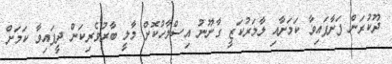
ދޫކުރަން ފަށާފައިވާ ކަމަށާއި ލާމަރުކަޒީ ގާނޫނު އިސްލާހުކޮށް މާލީ ބާރުވެރިކަން ދީފައިވާ ކަމަށް